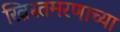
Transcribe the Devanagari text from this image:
ख्रिस्तमरणाच्या